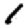
Digit: 1